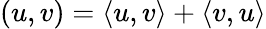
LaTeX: (u,v)=\langle u,v\rangle+\langle v,u\rangle